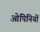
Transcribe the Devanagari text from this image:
ओपिनियों